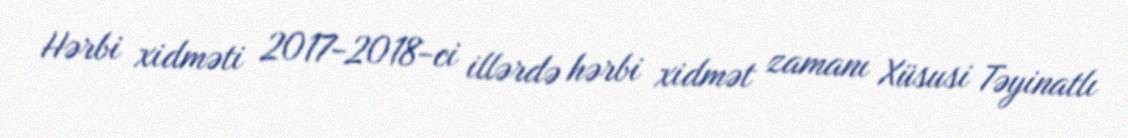
Hərbi xidməti 2017-2018-ci illərdə hərbi xidmət zamanı Xüsusi Təyinatlı